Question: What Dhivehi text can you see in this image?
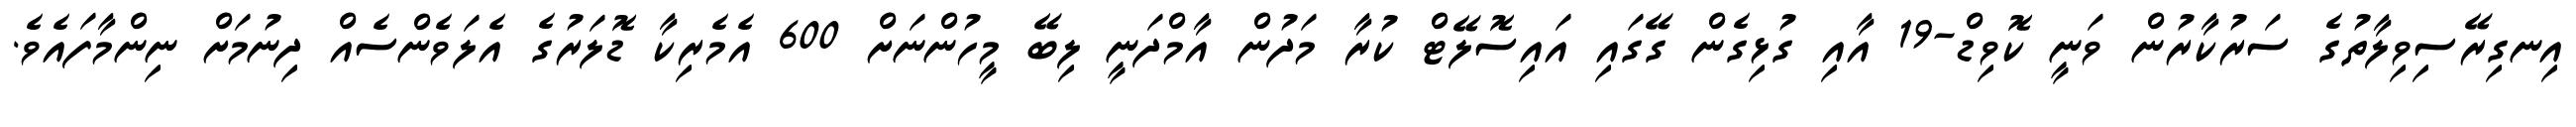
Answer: އިނގިރޭސިވިލާތުގެ ސަރުކާރުން ވަނީ ކޮވިޑް-19 އާއި ގުޅިގެން ގޭގައި އައިސޮލޭޓް ކުރާ މަދުން އާމްދަނީ ލިބޭ މީހުންނަށް 600 އެމެރިކާ ޑޮލަރުގެ އެލަވެންސެއް ދިނުމަށް ނިންމާފައެވެ.